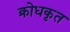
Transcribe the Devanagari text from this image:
क्रोधकृत